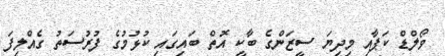
ވޯލްޑް ކަޕާއި މިދިޔަ ސީޒަންގެ ބާކީ އޮތް ބައިގައި ކުޅުމުގެ ފުރުސަތު ގެއްލިފަ